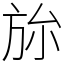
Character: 旀